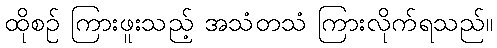
ထိုစဉ် ကြားဖူးသည့် အသံတသံ ကြားလိုက်ရသည်။